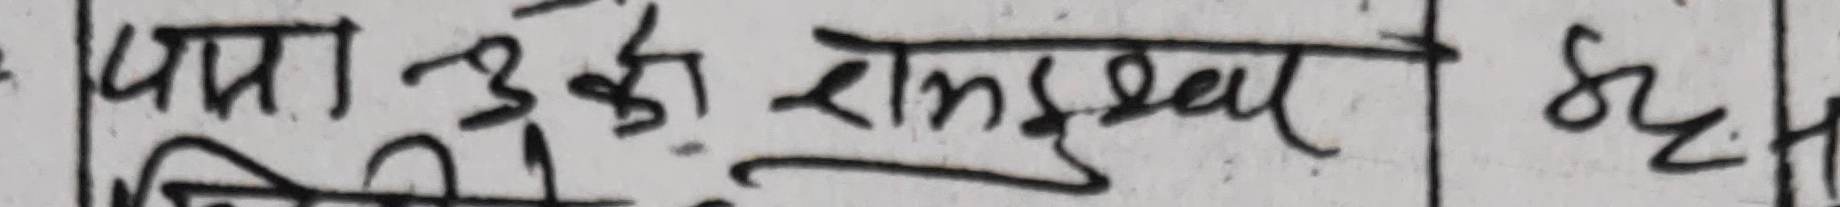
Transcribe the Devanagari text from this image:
पमा ३३९ राम्‌घर ६६